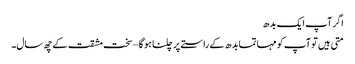
اگر آپ ایک بدھ
متی ہیں تو آپ کو مہاتما بدھ کے راستے پر چلنا ہو گا – سخت مشقت کے چھ سال۔